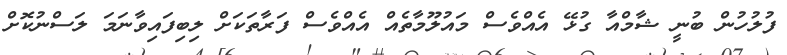
ފުލުހުން ބުނީ ޝާމްއާ ގުޅޭ އެއްވެސް މައުލޫމާތެއް އެއްވެސް ފަރާތަކަށް ލިބިފައިވާނަމަ ލަސްނުކޮށް